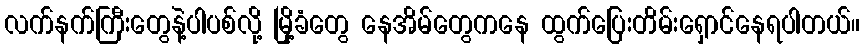
လက်နက်ကြီးတွေနဲ့ပါပစ်လို့ မြို့ခံတွေ နေအိမ်တွေကနေ ထွက်ပြေးတိမ်းရှောင်နေရပါတယ်။